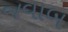
જવાબ